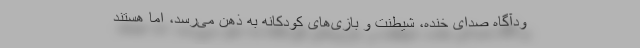
ودآگاه صدای خنده، شیطنت و بازی‌های کودکانه به ذهن می‌رسد، اما هستند